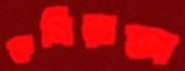
কলিয়ান্ডা